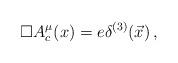
LaTeX: \begin{align*}\Box A^\mu_c (x) = e \delta^{(3)} ( \vec{x}) \, ,\end{align*}